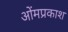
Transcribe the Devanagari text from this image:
ओंमप्रकाश